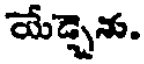
యేడ్చాను.